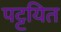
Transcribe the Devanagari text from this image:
पट्टयित